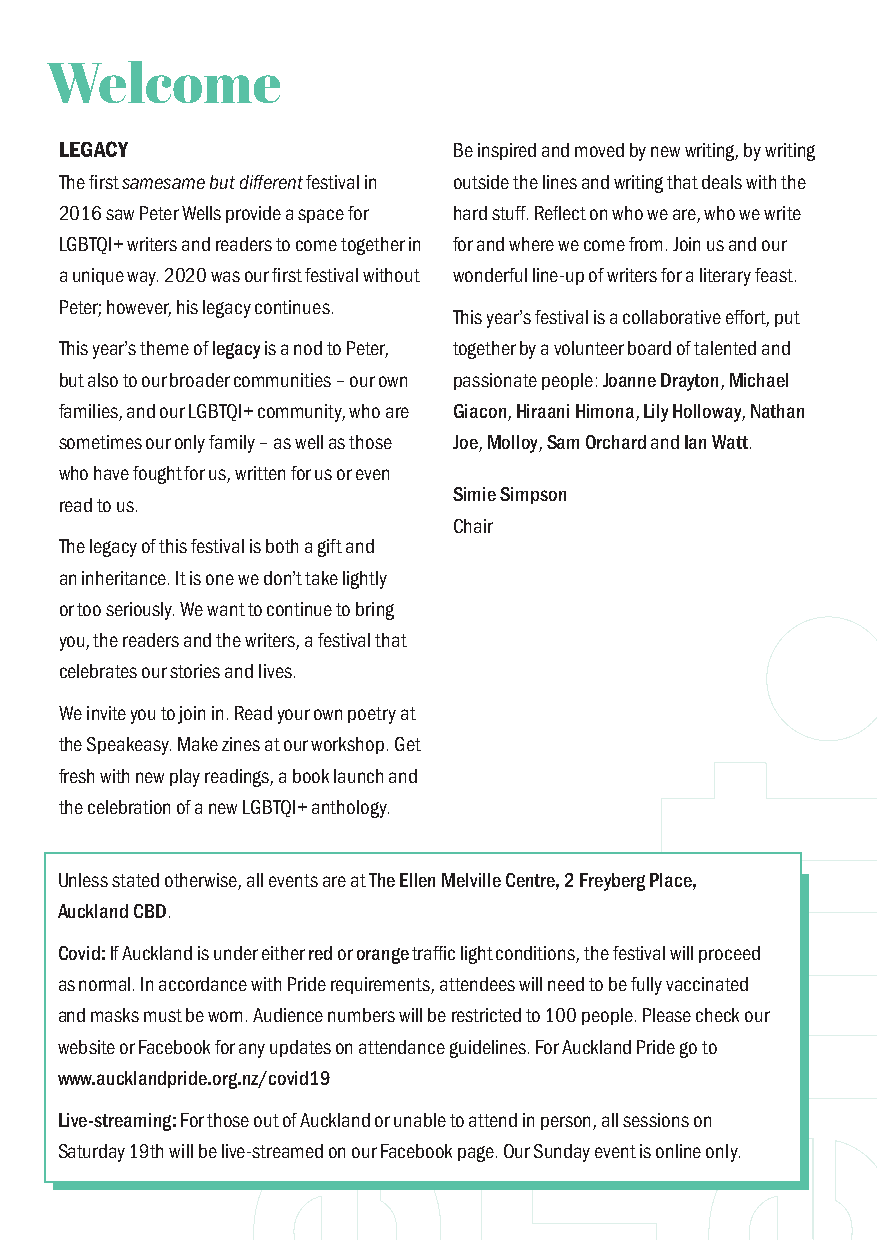
Welcome
 LEGACY                    Be inspired and moved by new writing, by writing
 The fi rst samesame but diff erent festival in outside the lines and writing that deals with the
 2016 saw Peter Wells provide a space for hard stuff . Refl ect on who we are, who we write
 LGBTQI+ writers and readers to come together in for and where we come from. Join us and our
 a unique way. 2020 was our fi rst festival without wonderful line-up of writers for a literary feast.
 Peter; however, his legacy continues.
 This year’s festival is a collaborative eff ort, put
 This year’s theme of legacy is a nod to Peter, together by a volunteer board of talented and
 but also to our broader communities – our own passionate people: Joanne Drayton, Michael
 families, and our LGBTQI+ community, who are Giacon, Hiraani Himona, Lily Holloway, Nathan
 sometimes our only family – as well as those Joe, Molloy, Sam Orchard and Ian Watt.
 who have fought for us, written for us or even
 Simie Simpson
 read to us.
 Chair
 The legacy of this festival is both a gift and
 an inheritance. It is one we don’t take lightly
 or too seriously. We want to continue to bring
 you, the readers and the writers, a festival that
 celebrates our stories and lives.
 We invite you to join in. Read your own poetry at
 the Speakeasy. Make zines at our workshop. Get
 fresh with new play readings, a book launch and
 the celebration of a new LGBTQI+ anthology.
 Unless stated otherwise, all events are at The Ellen Melville Centre, 2 Freyberg Place,
 Auckland CBD.
 Covid: If Auckland is under either red or orange traffi c light conditions, the festival will proceed
 as normal. In accordance with Pride requirements, attendees will need to be fully vaccinated
 and masks must be worn. Audience numbers will be restricted to 100 people. Please check our
 website or Facebook for any updates on attendance guidelines. For Auckland Pride go to
 www.aucklandpride.org.nz/covid19
 Live-streaming: For those out of Auckland or unable to attend in person, all sessions on
 Saturday 19th will be live-streamed on our Facebook page. Our Sunday event is online only.